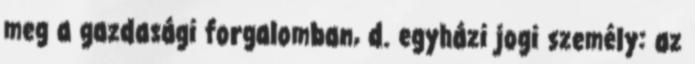
meg a gazdasági forgalomban, d. egyházi jogi személy: az